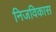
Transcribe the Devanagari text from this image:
निजविकास